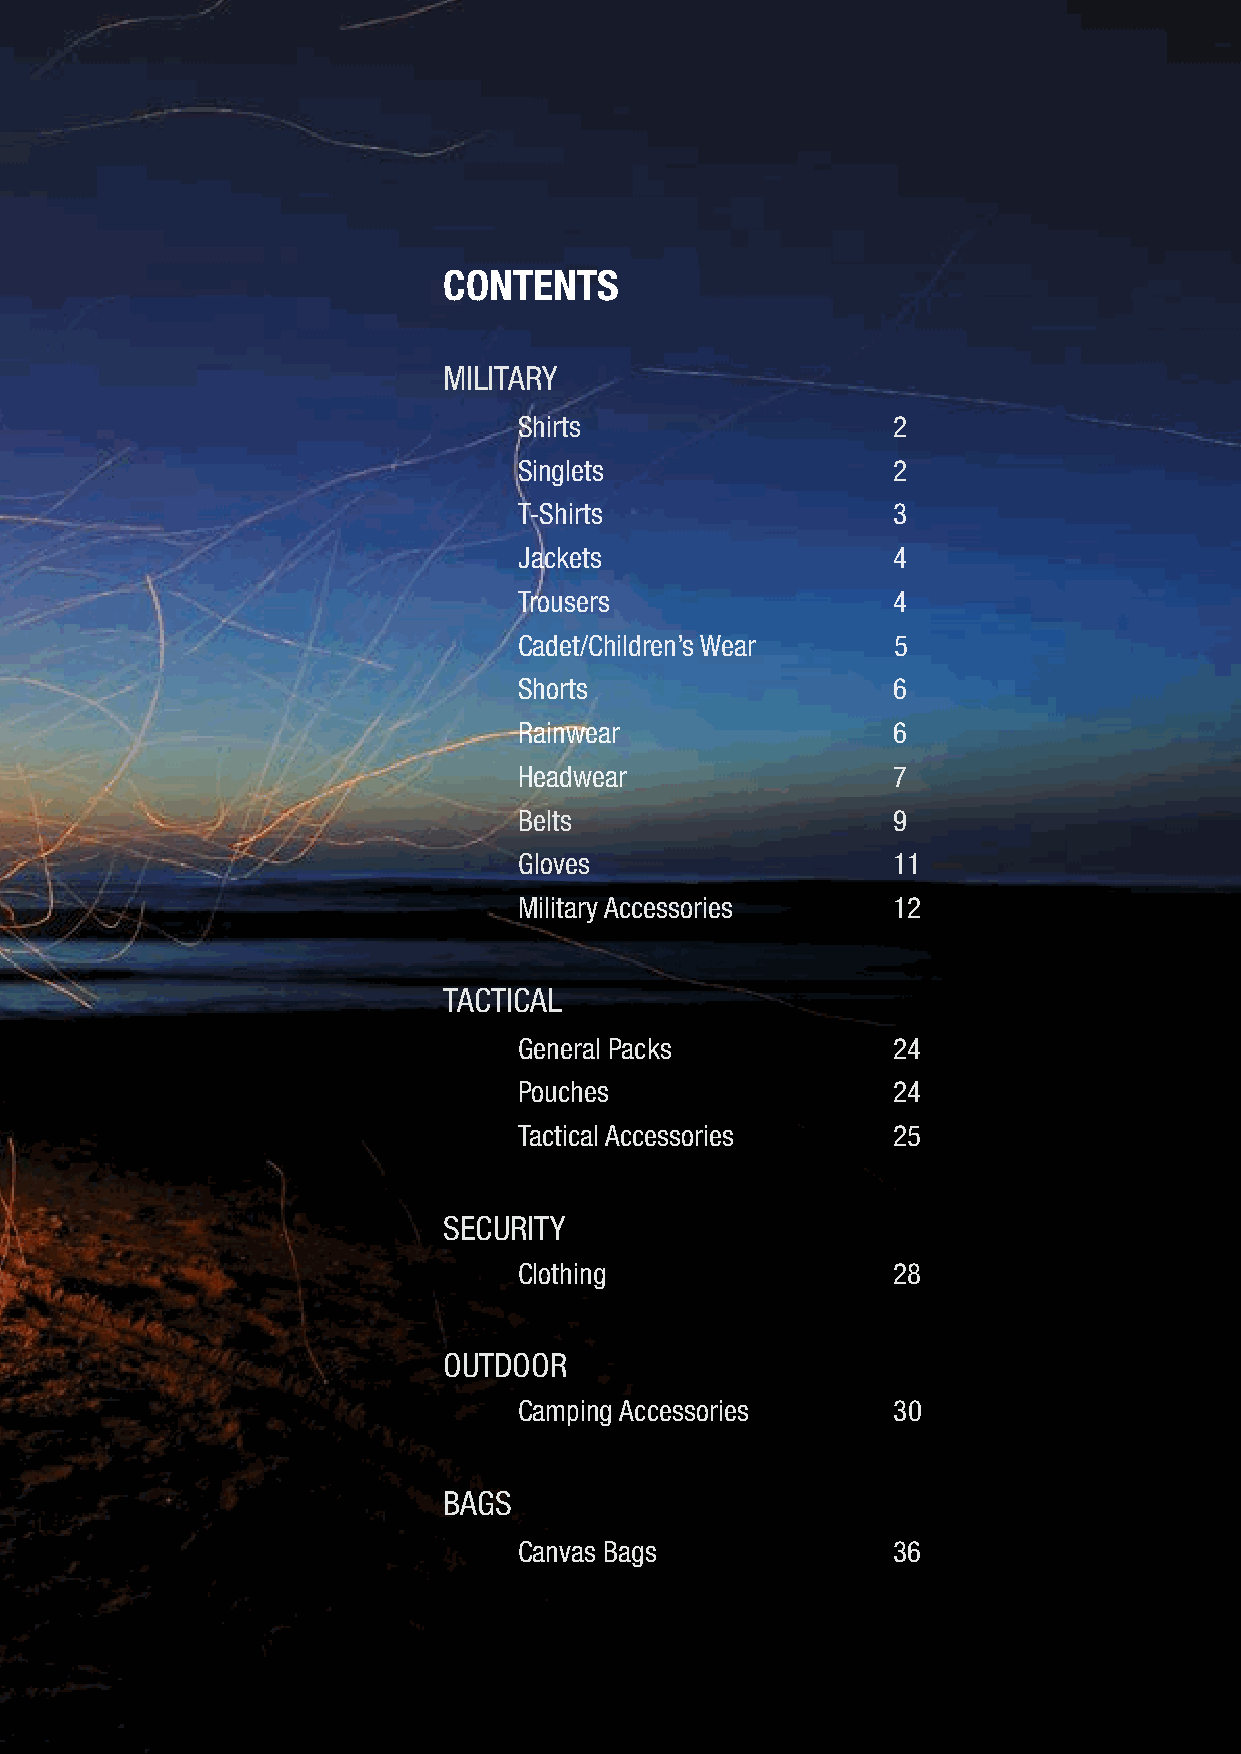
CONTENTS
 MILITARY
 Shirts                   2
 Singlets                 2
 T-Shirts                 3
 Jackets                  4
 F
 Trousers                 4
 Cadet/Children’s Wear    5
 O
 Shorts                   6
 Rainwear                 6
 O
 Headwear                 7
 Belts                    9
 R
 Gloves                   11
 Military Accessories     12
 P
 TACTICAL
 General Packs            24
 Pouches                  24
 Tactical Accessories     25
 SECURITY
 Clothing                 28
 OUTDOOR
 Camping Accessories      30
 BAGS
 Canvas Bags              36